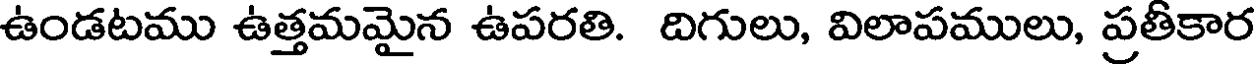
ఉండటము ఉత్తమమైన ఉపరతి. దిగులు, విలాపములు, ప్రతీకార